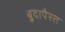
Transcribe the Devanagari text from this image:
बुदापैस्त